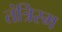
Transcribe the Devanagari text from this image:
तंत्रिस्म